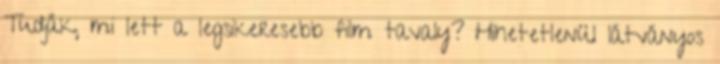
Tudják, mi lett a legsikeresebb film tavaly? Hihetetlenül látványos